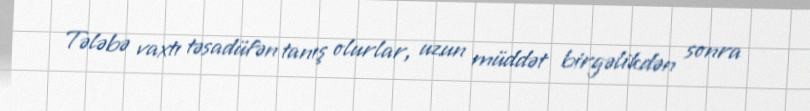
Tələbə vaxtı təsadüfən tanış olurlar, uzun müddət birgəlikdən sonra